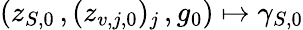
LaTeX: (z_{S,0}\, ,(z_{v,j,0})_{j}\, ,g_{0})\mapsto\gamma_{S,0}